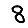
Digit: 8